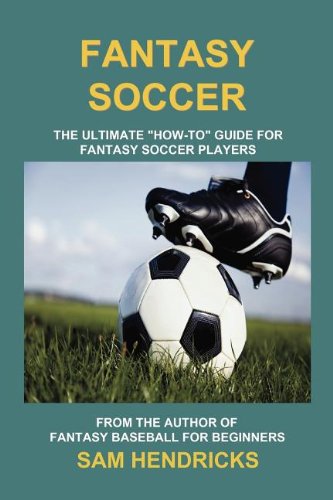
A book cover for Fantasy Soccer: The Ultimate How-To Guide for Fantasy Soccer Players; Sam Hendricks; Humor & Entertainment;